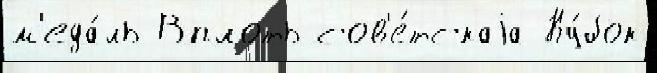
м'еда́ль Вплоть сов'е́тскаjа Ку́бок